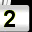
Digit: 2